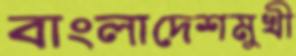
বাংলাদেশমুখী